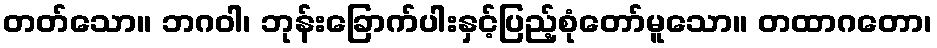
တတ်သော။ ဘဂဝါ၊ ဘုန်းခြောက်ပါးနှင့်ပြည့်စုံတော်မူသော။ တထာဂတော၊